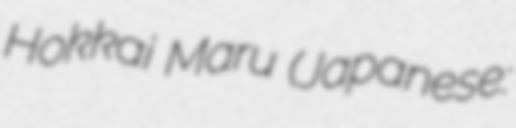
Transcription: Hokkai Maru (Japanese: